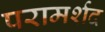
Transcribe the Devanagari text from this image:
परामर्शद